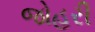
જોહરી